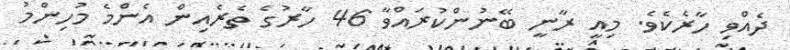
ދެއްވި ހާރެކެވެ. މިއީ ރާނީ ބޭނުންކުރައްވާ 46 ހާރުގެ ތެރެއިން އެންމެ މުހިންމު